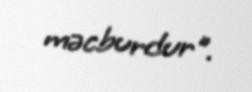
məcburdur".